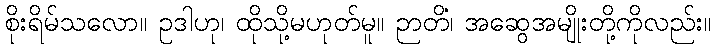
စိုးရိမ်သလော။ ဥဒါဟု၊ ထိုသို့မဟုတ်မူ။ ဉာတိံ၊ အဆွေအမျိုးတို့ကိုလည်း။